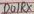
Text: D0/RX